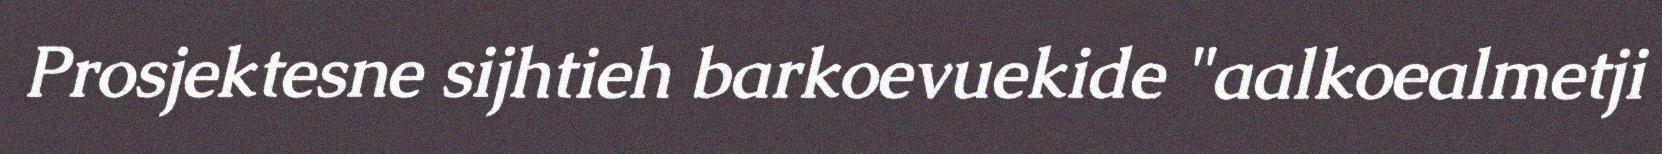
Prosjektesne sijhtieh barkoevuekide "aalkoealmetji